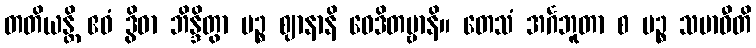
တတိယန္တိ ဧဝံ ဒွိဓာ ဘိန္ဒိတွာ ပဉ္စ ဈာနာနိ ဝေဒိတဗ္ဗာနိ။ တေသံ အင်္ဂဘူတာ စ ပဉ္စ သမာဓီတိ